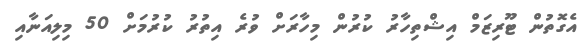
އެގޮތުން ޓޫރިޒަމް އިޝްތިހާރު ކުރުން މިހާރަށް ވުރެ އިތުރު ކުރުމަށް 50 މިލިއަނާއި